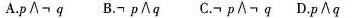
A.p\wedge ￢q B.￢p\wedge q C.￢p\wedge ￢q D.p\wedge q